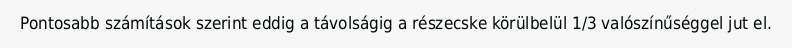
Pontosabb számítások szerint eddig a távolságig a részecske körülbelül 1/3 valószínűséggel jut el.